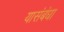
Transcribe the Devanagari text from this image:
यासंबंधा